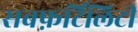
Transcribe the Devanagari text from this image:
सबफ़र्टिलिटी